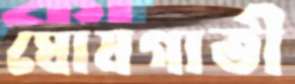
ঘোষগাতী